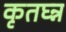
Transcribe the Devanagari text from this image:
कृतघ्न्न